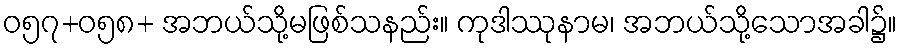
ဝ၅၇+၀၅၈+ အဘယ်သို့မဖြစ်သနည်း။ ကုဒါဿုနာမ၊ အဘယ်သို့သောအခါ၌။